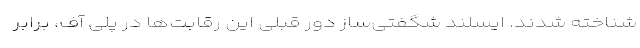
شناخته شدند. ایسلند شگفتی‌ساز دور قبلی این رقابت‌ها در پلی آف، برابر